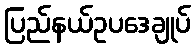
ပြည်နယ်ဥပဒေချုပ်